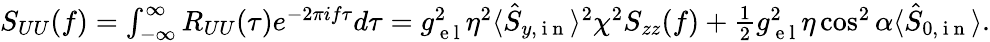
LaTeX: \begin{array}{r}{S_{UU}(f)=\int_{-\infty}^{\infty}R_{UU}(\tau)e^{-2\pi if\tau}d\tau=g_{\mathrm{~e~l~}}^{2}\eta^{2}\langle\hat{S}_{y,\mathrm{~i~n~}}\rangle^{2}\chi^{2}S_{zz}(f)+\frac{1}{2}g_{\mathrm{~e~l~}}^{2}\eta\cos^{2}\alpha\langle\hat{S}_{0,\mathrm{~i~n~}}\rangle.}\end{array}